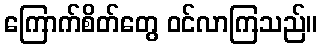
ကြောက်စိတ်တွေ ဝင်လာကြသည်။